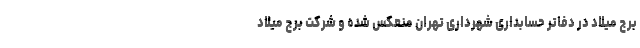
برج میلاد در دفاتر حسابداری شهرداری تهران منعکس شده و شرکت برج میلاد